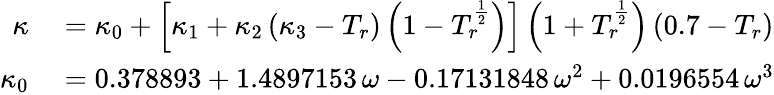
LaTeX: \begin{array}{rl}{\kappa}&{{}=\kappa_{0}+\left[\kappa_{1}+\kappa_{2}\left(\kappa_{3}-T_{r}\right)\left(1-T_{r}^{\frac{1}{2}}\right)\right]\left(1+T_{r}^{\frac{1}{2}}\right)\left(0.7-T_{r}\right)}\\ {\kappa_{0}}&{{}=0.378893+1.4897153\, \omega-0.17131848\, \omega^{2}+0.0196554\, \omega^{3}}\end{array}